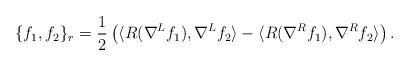
LaTeX: \begin{align*}\{f_1,f_2\}_r = \frac12\left(\langle R(\nabla^L f_1), \nabla^L f_2 \rangle - \langle R(\nabla^R f_1), \nabla^R f_2 \rangle\right).\end{align*}